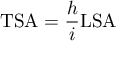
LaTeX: \mathrm { T S A } = { \frac { h } { i } } \mathrm { L S A }